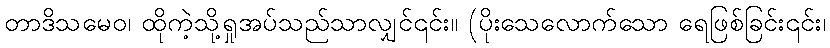
တာဒိသမေဝ၊ ထိုကဲ့သို့ရှုအပ်သည်သာလျှင်၎င်း။ (ပိုးသေလောက်သော ရေဖြစ်ခြင်း၎င်း၊